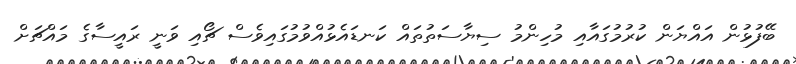
ބޭފުޅުން އައްޔަން ކުރުމުގައާއި މުހިންމު ސިޔާސަތުތައް ކަނޑައެޅުއްވުމުގައިވެސް ޗޯއި ވަނީ ރައީސާގެ މައްޗަށް